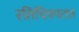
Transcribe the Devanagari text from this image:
रतिचित्रपटात